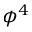
\phi ^ { 4 }